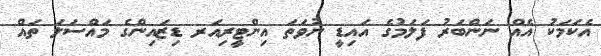
އެކަމަކު އެއް ނަންބަރު ފަލަމުގެ އައިޑީ ނުވަތަ އިންޓީރިއަރ ޑިޒައިންގެ މައްސަލަ ތައް